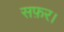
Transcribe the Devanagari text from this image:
सफ़र।